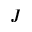
J